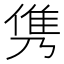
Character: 𮥸